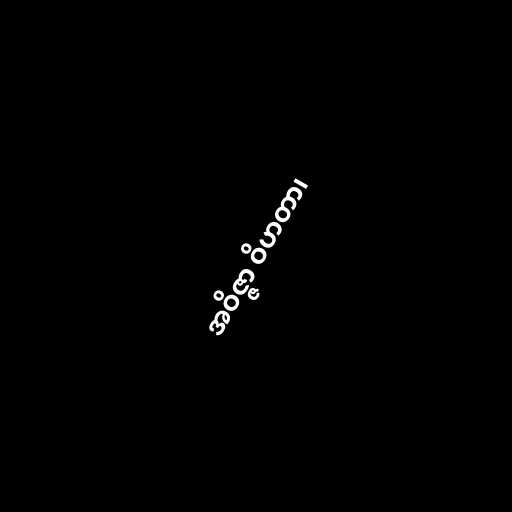
အဝိဇ္ဇာ ဝိဟတာ၊